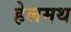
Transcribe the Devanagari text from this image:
हेलमथ